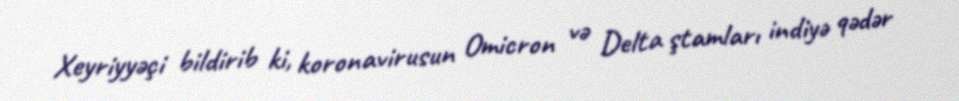
Xeyriyyəçi bildirib ki, koronavirusun Omicron və Delta ştamları indiyə qədər